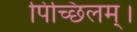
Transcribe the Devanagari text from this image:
पिच्छिलम्।